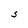
Character: S